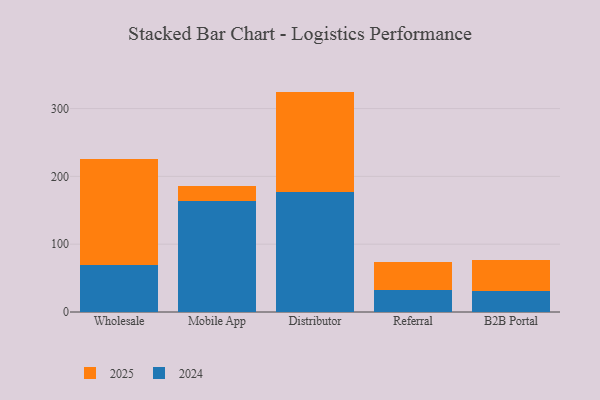
{"axis": {"x": "Channel", "y": "Revenue (USD Million)"}, "legend": ["2024", "2025"], "data": [{"x": "Wholesale", "y": 156.0, "type": "2025"}, {"x": "Wholesale", "y": 69.0, "type": "2024"}, {"x": "Mobile App", "y": 21.0, "type": "2025"}, {"x": "Mobile App", "y": 164.4, "type": "2024"}, {"x": "Distributor", "y": 148.3, "type": "2025"}, {"x": "Distributor", "y": 176.7, "type": "2024"}, {"x": "Referral", "y": 41.4, "type": "2025"}, {"x": "Referral", "y": 31.8, "type": "2024"}, {"x": "B2B Portal", "y": 45.6, "type": "2025"}, {"x": "B2B Portal", "y": 31.5, "type": "2024"}]}